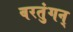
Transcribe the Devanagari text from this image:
वरतुंगन्